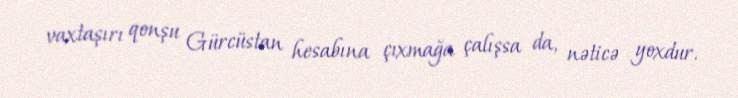
vaxtaşırı qonşu Gürcüstan hesabına çıxmağa çalışsa da, nəticə yoxdur.